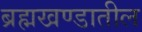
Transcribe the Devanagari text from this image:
ब्रह्मखण्डातील